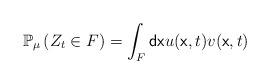
LaTeX: \begin{align*}\mathbb{P}_{\mu }\left( Z_{t}\in F\right) =\int_{F}\mathsf{dx}u(\mathsf{x},t)v(\mathsf{x},t) \end{align*}